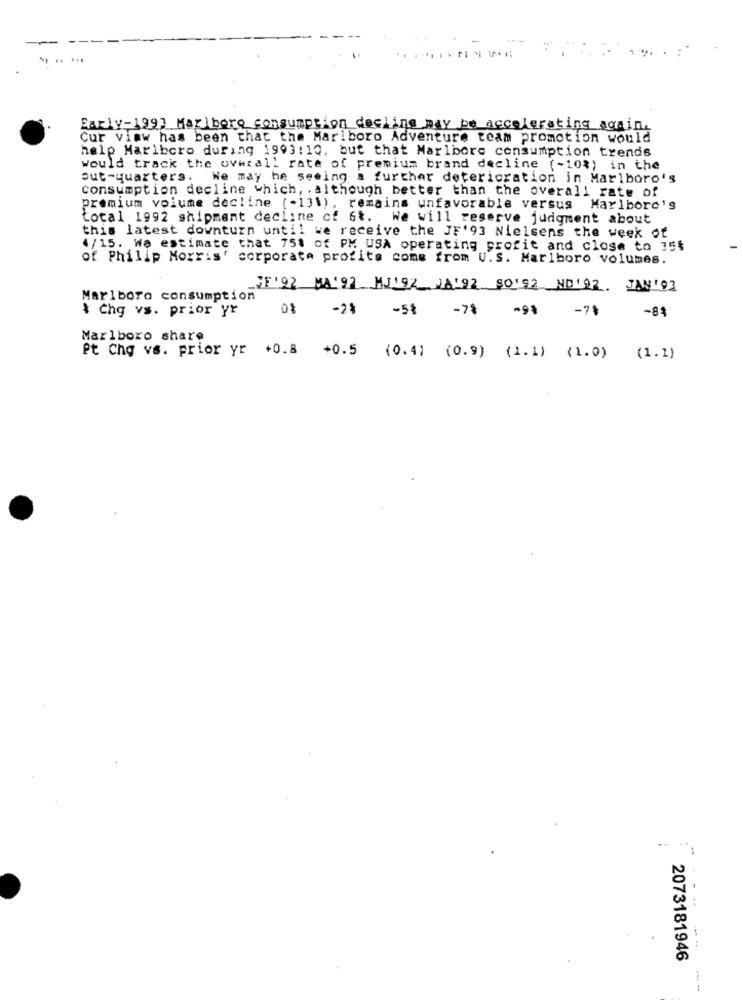
Early-199) Marlboro consumption decline may be accelerating again.
Cur viaw has been that the Marlboro Adventure team promotion would
help Marlboro during 1993:10, but that Marlboro consumption trends
would track the overall rate of premium brand decline (-10%) in the
But-quarters.
We may he seeing a further deterioration in Marlboro's
consumption decline which, . although better than the overall rate of
premium volume decline (-131), remains unfavorable versus Marlboro's
total 1992 shipment decline of 6%.
. We will reserve judgment about
this latest downturn until we receive the JF'93 Nielsens the week of
4/15. We estimate that 751 of PM USA operating profit and close to 35$
of Philip Morris' corporate profits come from U.S. Marlboro volumes.
WE '92 MA'91 MJ'92 18192 50'92 ND1 22. JAN '93
Marlboro consumption
$ Chg vs. prior yr
08 -2%
-5%
-7% -9%
-71
-84
Marlboro share
Pt Chq vs. prior yr +0.8 +0.5 (0.4) (0.9) (1.1) (1.0) (1.1)
2073181946
---